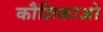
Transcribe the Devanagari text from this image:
कौशिकाओ